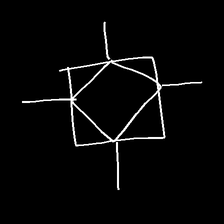
Glyph: light